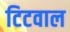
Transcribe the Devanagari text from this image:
टिटवाल